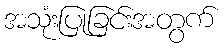
အသုံးပြုခြင်းအတွက်